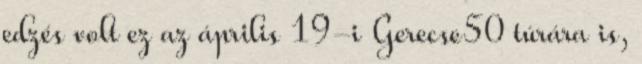
edzés volt ez az április 19-i Gerecse50 túrára is,